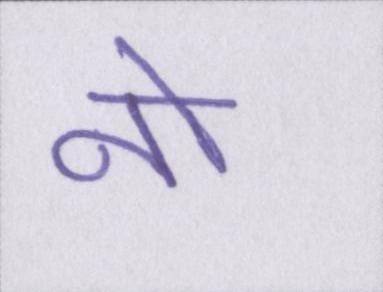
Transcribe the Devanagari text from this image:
नो